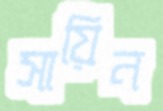
সায়িন